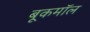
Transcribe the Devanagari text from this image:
बूकमॉल